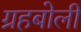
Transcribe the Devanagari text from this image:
ग्रहबोली